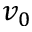
v _ { 0 }